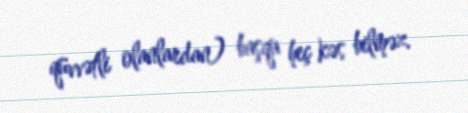
qüvvətli olanlardan) başqa heç kəs bilməz.